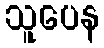
သူပေန